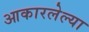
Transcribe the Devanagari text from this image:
आकारलेल्या